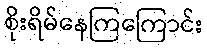
စိုးရိမ်နေကြကြောင်း